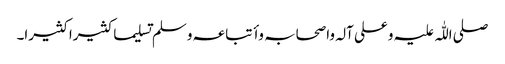
صلی اللّٰہ علیہ وعلی آلہ واصحابہ وأتباعہ وسلم تسلیما کثیرا کثیرا۔